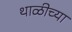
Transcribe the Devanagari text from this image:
थाळीच्या